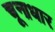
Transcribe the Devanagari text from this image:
चूनाधार